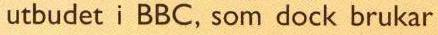
utbudet i BBC, som dock brukar